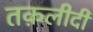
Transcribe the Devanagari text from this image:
तक़लीदी